NAE_ERA_R-1958_ENSV_Heliloojate_Liit, lk 137
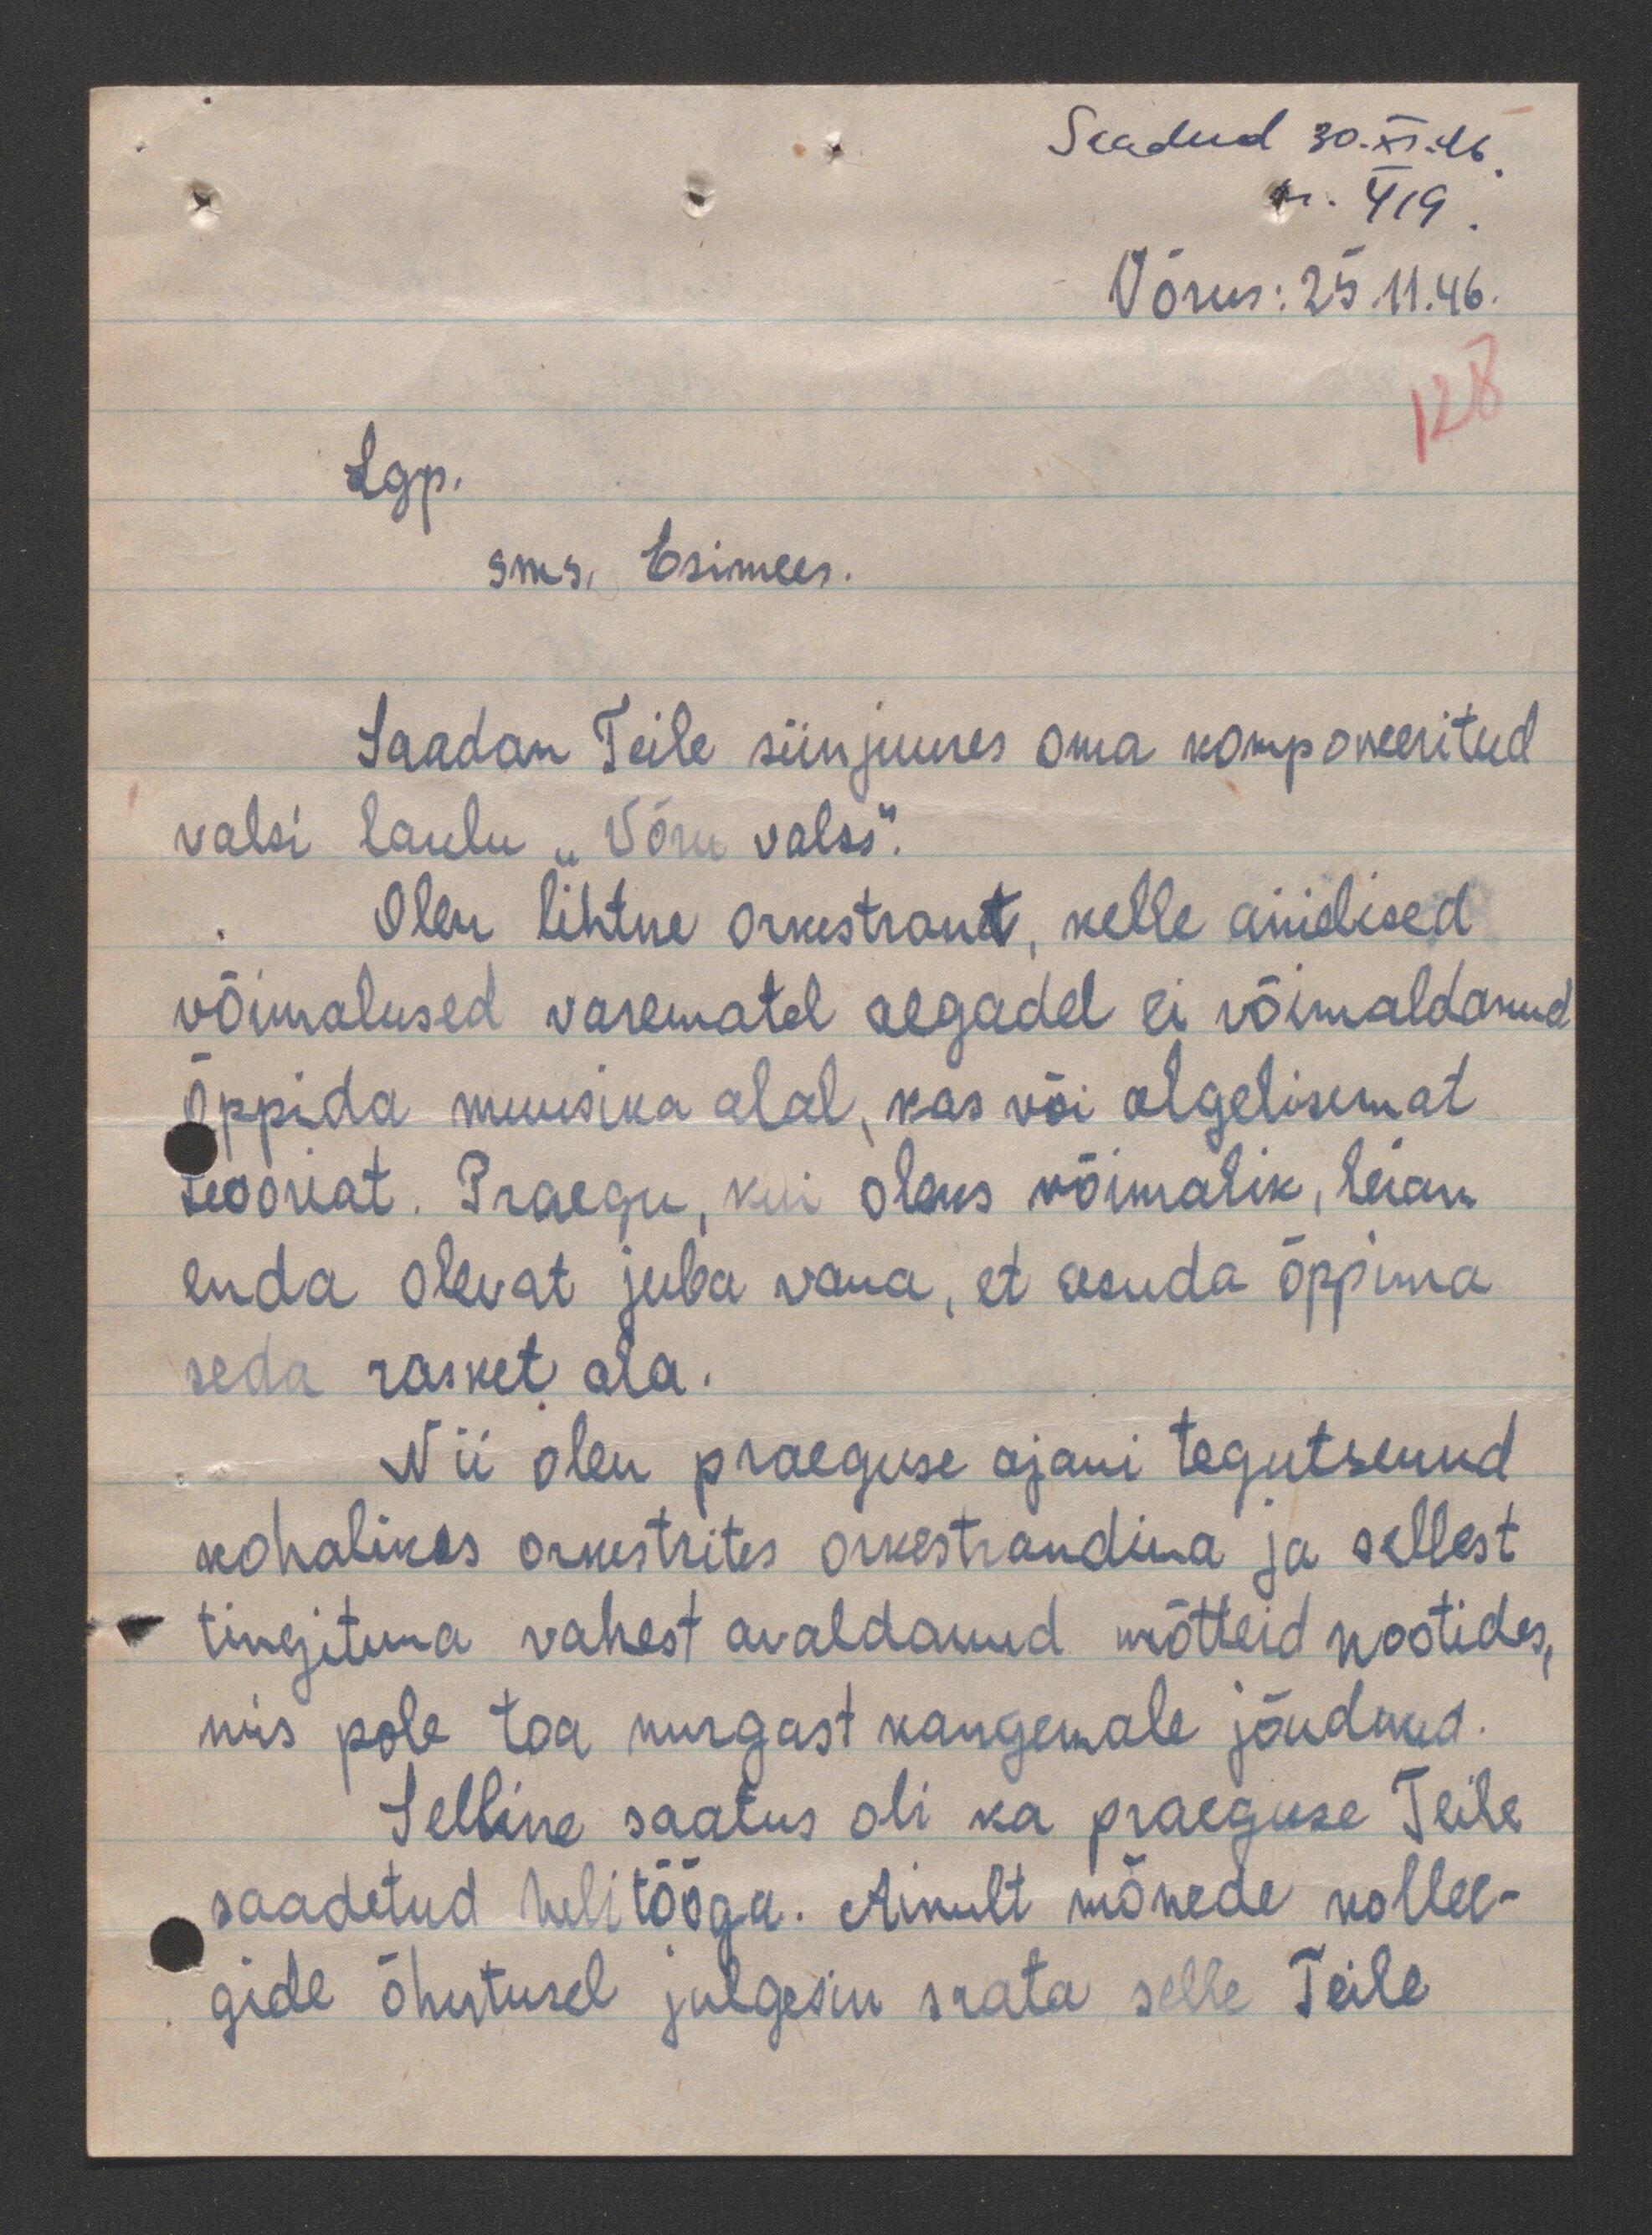
Saadud 30.XI.46.
nr. 419
Võrus: 25.11.46.
128
Lgp.
sms. Esimees.
Saadan Teile siinjuures oma komponeeritud
valsi laulu "Võru valss".
Olen lihtne orkestrant, kelle anielised
võimalused varematel aegadel ei võimaldanud
õppida muusika alal, kas või algelisemat
teooriat. Praegu, kui oleks võimalik, leian-
enda olevat juba vana, et asuda õppima
seda rasket ala.
Nii olen praeguse ajani tegutsenud
kohalikes orkestrites orkestrandina ja sellest
tingituna vahest avaldanud mõtteid nootides,
mis pole toa nurgast kaugemale jõudnud.
Selline saatus oli ka praeguse Teile
saadetud helitööga. Ainult mõnede kollee-
gide õhutusel julgesin saata selle Teile